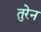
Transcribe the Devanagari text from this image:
तुरेन